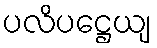
ပလိပဋ္ဌေယျ